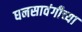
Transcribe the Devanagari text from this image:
घनसावंगीच्या